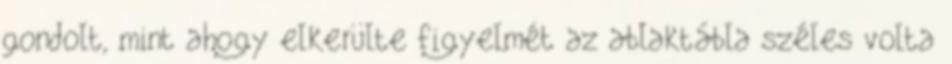
gondolt, mint ahogy elkerülte figyelmét az ablaktábla széles volta